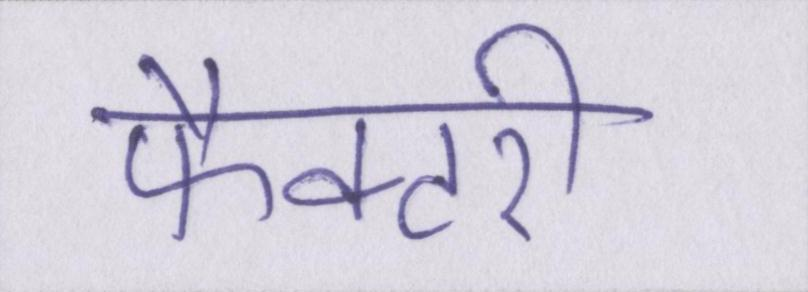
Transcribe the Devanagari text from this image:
फैक्टरी